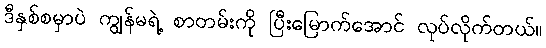
ဒီနှစ်စမှာပဲ ကျွန်မရဲ့ စာတမ်းကို ပြီးမြောက်အောင် လုပ်လိုက်တယ်။